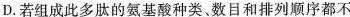
D.若组成此多肽的氨基酸种类。数目和排列顺序都不